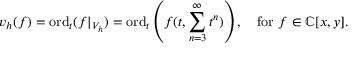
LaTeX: v _ { h } ( f ) = \mathrm { o r d } _ { t } ( f | _ { V _ { h } } ) = \mathrm { o r d } _ { t } \left( f ( t , \sum _ { n = 3 } ^ { \infty } t ^ { n } ) \right) , \quad { \mathrm { f o r ~ } } f \in \mathbb { C } [ x , y ] .